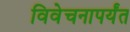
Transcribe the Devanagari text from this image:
विवेचनापर्यंत